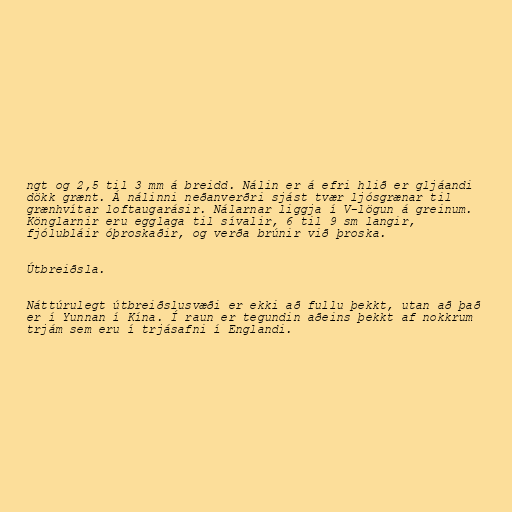
ngt og 2,5 til 3 mm á breidd. Nálin er á efri hlið er gljáandi
dökk grænt. Á nálinni neðanverðri sjást tvær ljósgrænar til
grænhvítar loftaugarásir. Nálarnar liggja í V-lögun á greinum.
Könglarnir eru egglaga til sívalir, 6 til 9 sm langir,
fjólubláir óþroskaðir, og verða brúnir við þroska.

Útbreiðsla.

Náttúrulegt útbreiðslusvæði er ekki að fullu þekkt, utan að það
er í Yunnan í Kína. Í raun er tegundin aðeins þekkt af nokkrum
trjám sem eru í trjásafni í Englandi.